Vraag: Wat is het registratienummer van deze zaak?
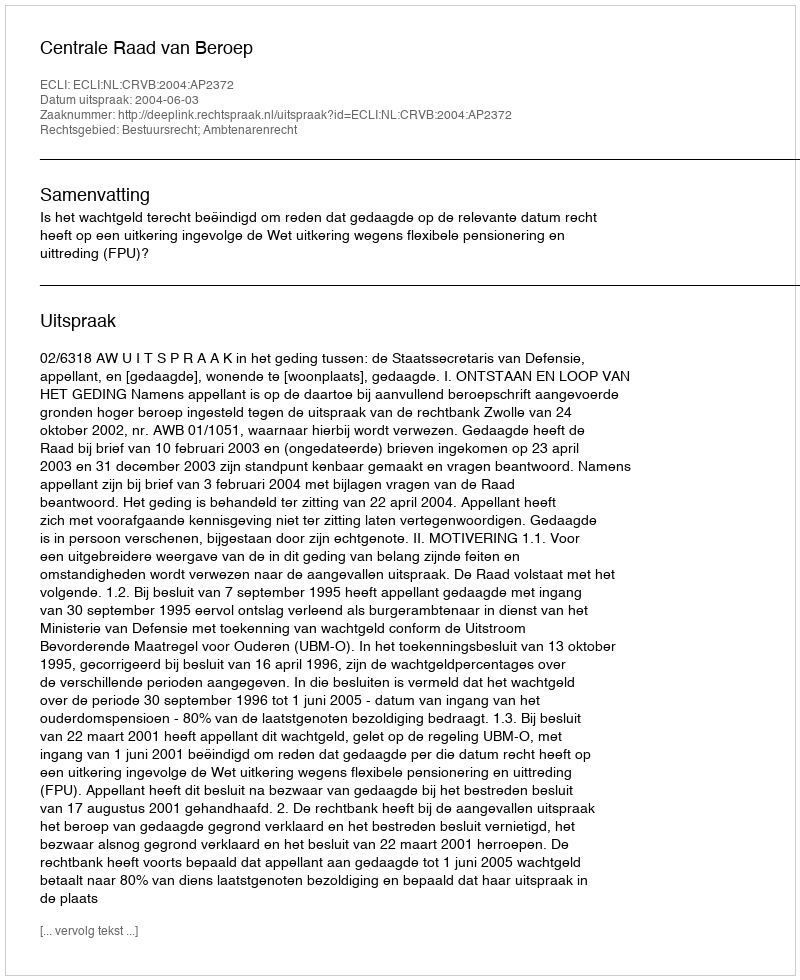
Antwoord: http://deeplink.rechtspraak.nl/uitspraak?id=ECLI:NL:CRVB:2004:AP2372